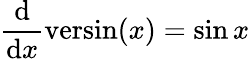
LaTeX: {\frac{\mathrm{d}}{\mathrm{d}x}}\mathrm{versin}(x)=\sin{x}